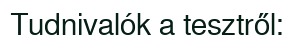
Tudnivalók a tesztről: